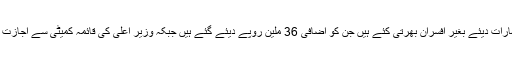
وزارت تعلیم کے افسران نے اخبارات میں اشتہارات دیئے بغیر افسران بھرتی کئے ہیں جن کو اضافی 36 ملین روپے دیئے گئے ہیں جبکہ وزیر اعلی کی قائمہ کمیٹی سے اجازت لئے بغیر 27 ملین کی خریداری کی گئی ہے ۔